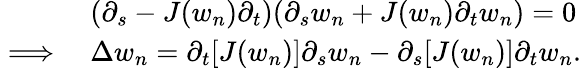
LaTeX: \begin{array}{rl}&{(\partial_{s}-J(w_{n})\partial_{t})(\partial_{s}w_{n}+J(w_{n})\partial_{t}w_{n})=0}\\ {\implies}&{\Delta w_{n}=\partial_{t}[J(w_{n})]\partial_{s}w_{n}-\partial_{s}[J(w_{n})]\partial_{t}w_{n}.}\end{array}